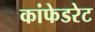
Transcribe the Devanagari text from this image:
कांफेडरेट